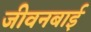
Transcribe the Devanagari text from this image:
जीवनबाई